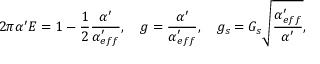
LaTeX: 2 \pi \alpha ^ { \prime } E = 1 - \frac { 1 } { 2 } \frac { \alpha ^ { \prime } } { \alpha _ { e f f } ^ { \prime } } , \ \ \ g = \frac { \alpha ^ { \prime } } { \alpha _ { e f f } ^ { \prime } } , \ \ \ g _ { s } = G _ { s } \sqrt { \frac { \alpha _ { e f f } ^ { \prime } } { \alpha ^ { \prime } } } ,